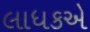
લાધકએ